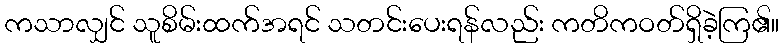
ကသာလျှင် သူစိမ်းထက်အရင် သတင်းပေးရန်လည်း ကတိကဝတ်ရှိခဲ့ကြ၏။